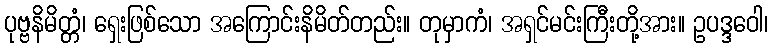
ပုဗ္ဗနိမိတ္တံ၊ ရှေးဖြစ်သော အကြောင်းနိမိတ်တည်း။ တုမှာကံ၊ အရှင်မင်းကြီးတို့အား။ ဥပဒ္ဒဝေါ၊